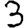
Digit: 3